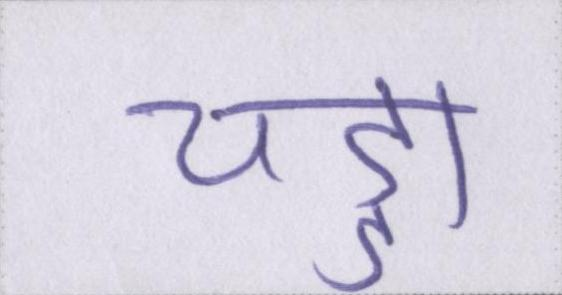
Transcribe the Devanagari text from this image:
चड्डा